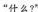
“什么?”